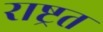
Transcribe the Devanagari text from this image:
राष्ट्रत